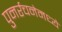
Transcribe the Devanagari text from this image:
पुनर्रचनेमध्ये